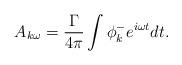
LaTeX: \begin{align*}A_{k\omega}=\frac{\Gamma}{4\pi}\int \phi^-_ke^{i\omega t}dt.\end{align*}